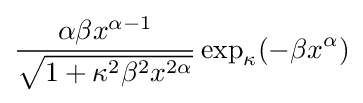
{\frac {\alpha \beta x^{\alpha -1}}{\sqrt {1+\kappa ^{2}\beta ^{2}x^{2\alpha }}}}\exp _{\kappa }(-\beta x^{\alpha })